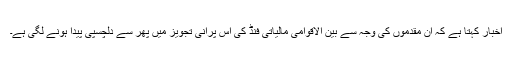
اخبار کہتا ہے کہ ان مقدّموں کی وجہ سے بین الاقوامی مالیاتی فنڈ کی اِس پرانی تجویز میں پھر سے دلچسپی پیدا ہونے لگی ہے۔